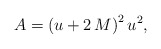
\begin{align*}A= \left( u+2\,M \right) ^{2}{u}^{2},\end{align*}